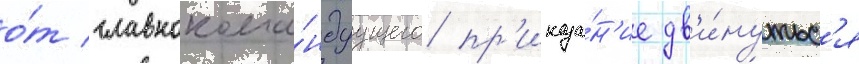
о́т главнокома́ндуущего пр'иказа́н'ие дв'и́нутьс'я